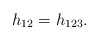
\begin{align*}h_{12}=h_{123}.\end{align*}